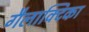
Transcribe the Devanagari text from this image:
गैलाक्टिका